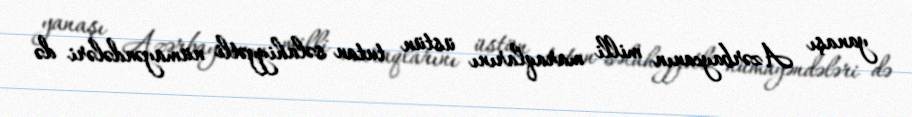
yanaşı Azərbaycanın milli maraqlarını üstün tutan səlahiyyətli nümayəndələri də